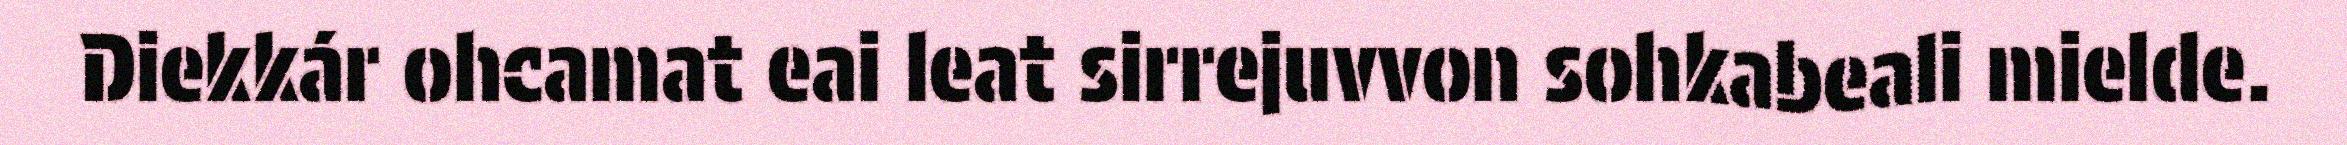
Diekkár ohcamat eai leat sirrejuvvon sohkabeali mielde.